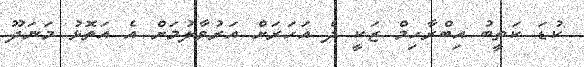
ކުޑަ ކަތީބު އިބްރާހިމް ޒަކީ ދެ އަހަރަށް އަރުވާލުމަށް އެ އަތޮޅު މަނަދޫ